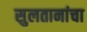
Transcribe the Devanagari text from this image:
सुलतानांचा